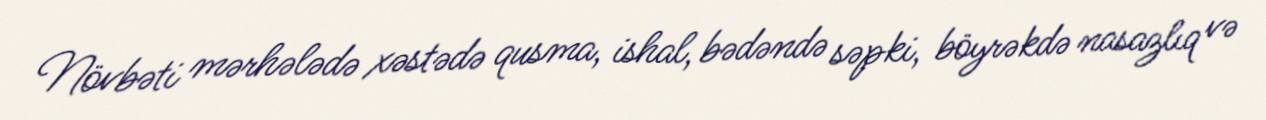
Növbəti mərhələdə xəstədə qusma, ishal, bədəndə səpki, böyrəkdə nasazlıq və